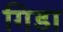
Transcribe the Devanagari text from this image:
गिडा